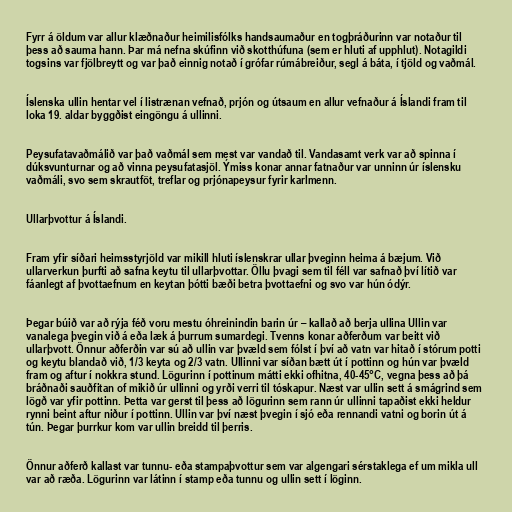
Fyrr á öldum var allur klæðnaður heimilisfólks handsaumaður en togþráðurinn var notaður til
þess að sauma hann. Þar má nefna skúfinn við skotthúfuna (sem er hluti af upphlut). Notagildi
togsins var fjölbreytt og var það einnig notað í grófar rúmábreiður, segl á báta, í tjöld og vaðmál.

Íslenska ullin hentar vel í listrænan vefnað, prjón og útsaum en allur vefnaður á Íslandi fram til
loka 19. aldar byggðist eingöngu á ullinni.

Peysufatavaðmálið var það vaðmál sem mest var vandað til. Vandasamt verk var að spinna í
dúksvunturnar og að vinna peysufatasjöl. Ýmiss konar annar fatnaður var unninn úr íslensku
vaðmáli, svo sem skrautföt, treflar og prjónapeysur fyrir karlmenn.

Ullarþvottur á Íslandi.

Fram yfir síðari heimsstyrjöld var mikill hluti íslenskrar ullar þveginn heima á bæjum. Við
ullarverkun þurfti að safna keytu til ullarþvottar. Öllu þvagi sem til féll var safnað því lítið var
fáanlegt af þvottaefnum en keytan þótti bæði betra þvottaefni og svo var hún ódýr.

Þegar búið var að rýja féð voru mestu óhreinindin barin úr – kallað að berja ullina Ullin var
vanalega þvegin við á eða læk á þurrum sumardegi. Tvenns konar aðferðum var beitt við
ullarþvott. Önnur aðferðin var sú að ullin var þvæld sem fólst í því að vatn var hitað í stórum potti
og keytu blandað við, 1/3 keyta og 2/3 vatn. Ullinni var síðan bætt út í pottinn og hún var þvæld
fram og aftur í nokkra stund. Lögurinn í pottinum mátti ekki ofhitna, 40-45°C, vegna þess að þá
bráðnaði sauðfitan of mikið úr ullinni og yrði verri til tóskapur. Næst var ullin sett á smágrind sem
lögð var yfir pottinn. Þetta var gerst til þess að lögurinn sem rann úr ullinni tapaðist ekki heldur
rynni beint aftur niður í pottinn. Ullin var því næst þvegin í sjó eða rennandi vatni og borin út á
tún. Þegar þurrkur kom var ullin breidd til þerris.

Önnur aðferð kallast var tunnu- eða stampaþvottur sem var algengari sérstaklega ef um mikla ull
var að ræða. Lögurinn var látinn í stamp eða tunnu og ullin sett í löginn.